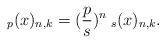
LaTeX: \begin{align*} _{p}(x)_{n,k}= (\frac{p}{s})^{n}\:_{s}(x)_{n,k}.\end{align*}